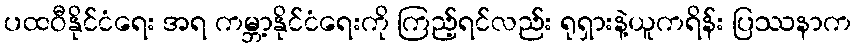
ပထဝီနိုင်ငံရေး အရ ကမ္ဘာ့နိုင်ငံရေးကို ကြည့်ရင်လည်း ရုရှားနဲ့ယူကရိန်း ပြဿနာက